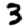
Digit: 3